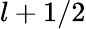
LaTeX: l+1/2